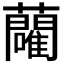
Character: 𬟢